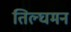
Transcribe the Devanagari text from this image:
तिल्घमन